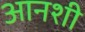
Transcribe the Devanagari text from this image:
आनशी